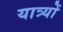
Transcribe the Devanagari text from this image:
यात्र्यों